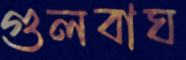
গুলবাঘ